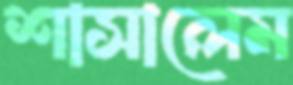
শাসালেম